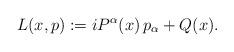
LaTeX: \begin{align*}L(x,p):=iP^\alpha(x)\,p_\alpha+Q(x).\end{align*}